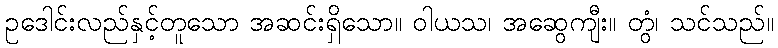
ဥဒေါင်းလည်နှင့်တူသော အဆင်းရှိသော။ ဝါယသ၊ အဆွေကျီး။ တွံ၊ သင်သည်။